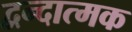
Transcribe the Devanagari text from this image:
द्वन्दात्मक